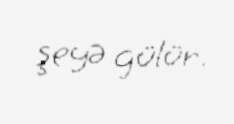
şeyə gülür.